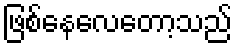
ဖြစ်နေလေတော့သည်